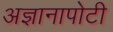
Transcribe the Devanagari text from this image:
अज्ञानापोटी